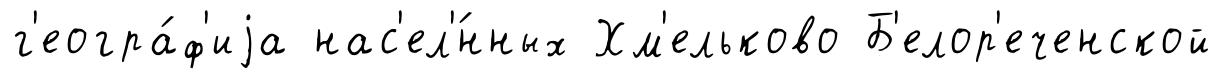
г'еогра́ф'иjа нас'ел'́нных Хм'ельково Б'елор'еченской